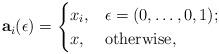
LaTeX: \begin{align*}\mathbf{a}_i(\epsilon)=\begin{cases}x_i, & \epsilon=(0,\ldots,0,1);\\x, & \hbox{otherwise,}\end{cases}\end{align*}